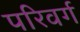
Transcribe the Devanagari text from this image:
परिवर्ग